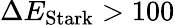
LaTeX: \Delta E_{\mathrm{Stark}}>100